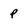
Character: p